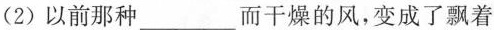
(2)以前那种___而干燥的风，变成了飘着